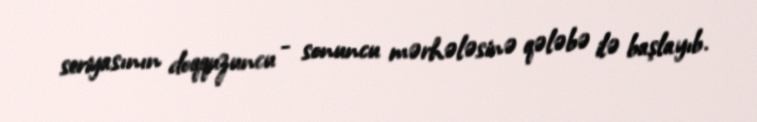
seriyasının doqquzuncu - sonuncu mərhələsinə qələbə ilə başlayıb.